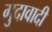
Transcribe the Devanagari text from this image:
गुदावादी